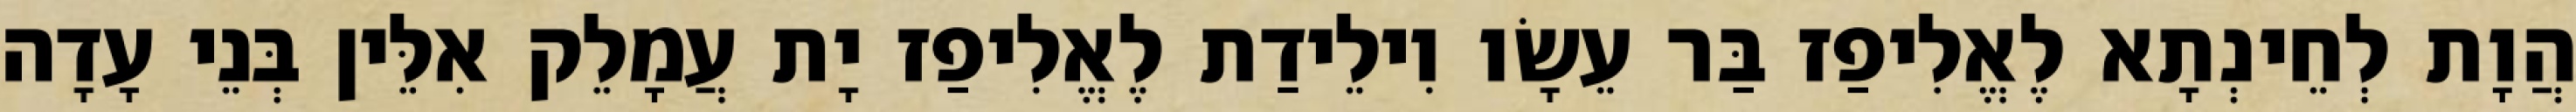
הֲוָת לְחֵינְתָא לֶאֱלִיפַז בַּר עֵשָׂו וִילֵידַת לֶאֱלִיפַז יָת עֲמָלֵק אִלֵּין בְּנֵי עָדָה